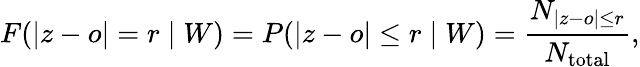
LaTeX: F(|z-o|=r\mid W)=P(|z-o|\leq r\mid W)=\frac{N_{|z-o|\leq r}}{N_{\mathrm{total}}},